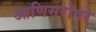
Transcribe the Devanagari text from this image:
आणिसरोवरे